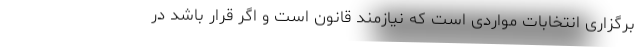
برگزاری انتخابات مواردی است که نیازمند قانون است و اگر قرار باشد در